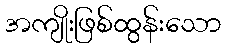
အကျိုးဖြစ်ထွန်းသော